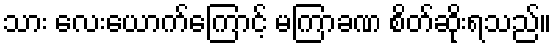
သား လေးယောက်ကြောင့် မကြာခဏ စိတ်ဆိုးရသည်။